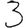
Digit: 3